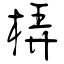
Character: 梇